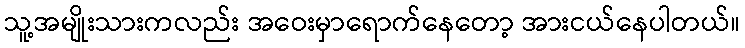
သူ့အမျိုးသားကလည်း အဝေးမှာရောက်နေတော့ အားငယ်နေပါတယ်။